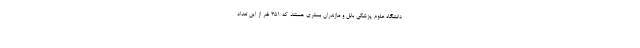
دانشگاه علوم پزشکی بابل و مازندران بستری هستند که ۳۵۱ نفر از این تعداد